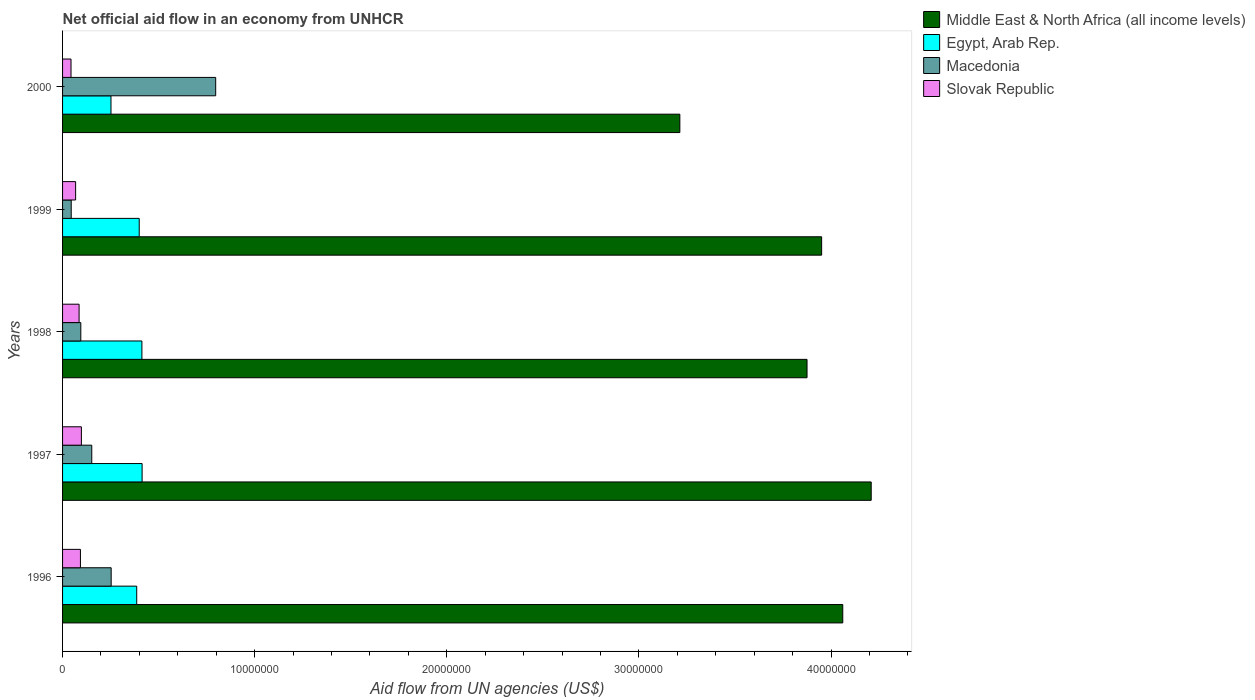
| Years | Middle East & North Africa (all income levels) | Egypt, Arab Rep. | Macedonia | Slovak Republic |
 | --- | --- | --- | --- | --- |
 | 1996 | 4.06e+07 | 3.86e+06 | 2.53e+06 | 9.3e+05 |
 | 1997 | 4.21e+07 | 4.14e+06 | 1.52e+06 | 9.8e+05 |
 | 1998 | 3.88e+07 | 4.13e+06 | 9.5e+05 | 8.6e+05 |
 | 1999 | 3.95e+07 | 3.99e+06 | 4.5e+05 | 6.8e+05 |
 | 2000 | 3.21e+07 | 2.52e+06 | 7.97e+06 | 4.4e+05 |